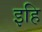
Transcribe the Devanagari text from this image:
इहि